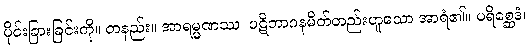
ပိုင်းခြားခြင်းကို။ တနည်း။ အာရမ္မဏဿ၊ ပဋိဘာဂနမိတ်တည်းဟူသော အာရံ၏။ ပရိစ္ဆေဒံ၊